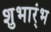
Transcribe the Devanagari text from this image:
शुभार्ंभ